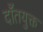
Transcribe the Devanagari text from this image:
दाँतयुक्त